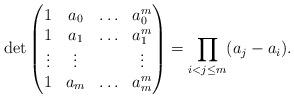
LaTeX: \begin{align*} \det \begin{pmatrix} 1 & a_0 & \ldots & a_0^m \\ 1 & a_1 & \ldots & a_1^m \\ \vdots & \vdots & & \vdots \\ 1 & a_m & \ldots & a_m^m \\ \end{pmatrix} = \prod_{i<j \leq m} (a_j - a_i).\end{align*}